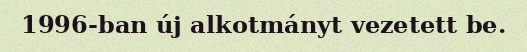
1996-ban új alkotmányt vezetett be.